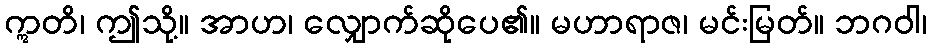
ဣတိ၊ ဤသို့။ အာဟ၊ လျှောက်ဆိုပေ၏။ မဟာရာဇ၊ မင်းမြတ်။ ဘဂဝါ၊